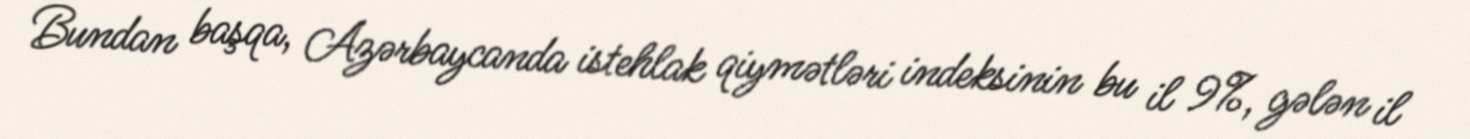
Bundan başqa, Azərbaycanda istehlak qiymətləri indeksinin bu il 9%, gələn il